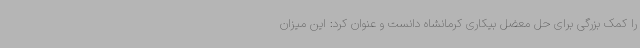
را کمک بزرگی برای حل معضل بیکاری کرمانشاه دانست و عنوان کرد: این میزان